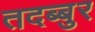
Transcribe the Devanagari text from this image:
तदब्बुर